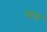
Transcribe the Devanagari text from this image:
घात्र